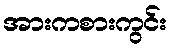
အားကစားကွင်း